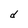
Character: d